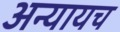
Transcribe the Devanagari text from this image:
अन्यायच